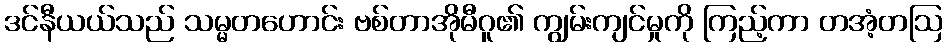
ဒင်နီယယ်သည် သမ္မတဟောင်း ဗစ်တာအိုမီဂူ၏ ကျွမ်းကျင်မှုကို ကြည့်ကာ တအံ့တဩ